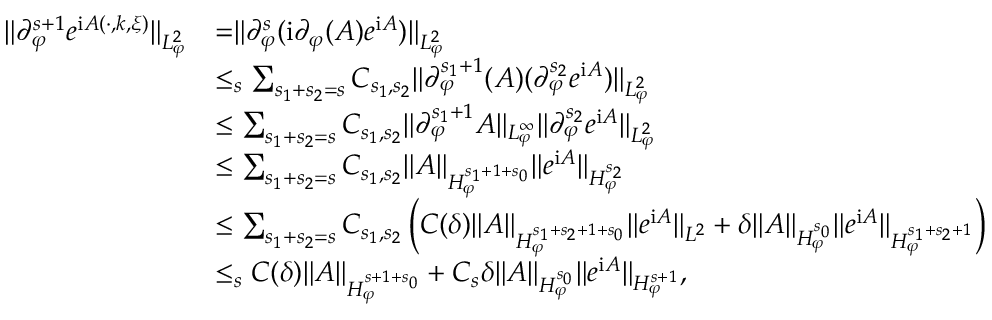
\begin{array} { r l } { \rVert \partial _ { \varphi } ^ { s + 1 } e ^ { \mathrm { i } A ( \cdot , k , \xi ) } \rVert _ { L _ { \varphi } ^ { 2 } } } & { = \rVert \partial _ { \varphi } ^ { s } ( \mathrm { i } \partial _ { \varphi } ( A ) e ^ { \mathrm { i } A } ) \rVert _ { L _ { \varphi } ^ { 2 } } } \\ & { \le _ { s } \sum _ { s _ { 1 } + s _ { 2 } = s } C _ { s _ { 1 } , s _ { 2 } } \rVert \partial _ { \varphi } ^ { s _ { 1 } + 1 } ( A ) ( \partial _ { \varphi } ^ { s _ { 2 } } e ^ { \mathrm { i } A } ) \rVert _ { L _ { \varphi } ^ { 2 } } } \\ & { \le \sum _ { s _ { 1 } + s _ { 2 } = s } C _ { s _ { 1 } , s _ { 2 } } \rVert \partial _ { \varphi } ^ { s _ { 1 } + 1 } A \rVert _ { L _ { \varphi } ^ { \infty } } \rVert \partial _ { \varphi } ^ { s _ { 2 } } e ^ { \mathrm { i } A } \rVert _ { L _ { \varphi } ^ { 2 } } } \\ & { \le \sum _ { s _ { 1 } + s _ { 2 } = s } C _ { s _ { 1 } , s _ { 2 } } \rVert A \rVert _ { H _ { \varphi } ^ { s _ { 1 } + 1 + s _ { 0 } } } \rVert e ^ { \mathrm { i } A } \rVert _ { H _ { \varphi } ^ { s _ { 2 } } } } \\ & { \le \sum _ { s _ { 1 } + s _ { 2 } = s } C _ { s _ { 1 } , s _ { 2 } } \left( C ( \delta ) \rVert A \rVert _ { H _ { \varphi } ^ { s _ { 1 } + s _ { 2 } + 1 + s _ { 0 } } } \rVert e ^ { \mathrm { i } A } \rVert _ { L ^ { 2 } } + \delta \rVert A \rVert _ { H _ { \varphi } ^ { s _ { 0 } } } \rVert e ^ { \mathrm { i } A } \rVert _ { H _ { \varphi } ^ { s _ { 1 } + s _ { 2 } + 1 } } \right) } \\ & { \le _ { s } C ( \delta ) \rVert { A } \rVert _ { H _ { \varphi } ^ { s + 1 + s _ { 0 } } } + C _ { s } \delta \rVert A \rVert _ { H _ { \varphi } ^ { s _ { 0 } } } \rVert e ^ { \mathrm { i } A } \rVert _ { H _ { \varphi } ^ { s + 1 } } , } \end{array}